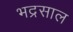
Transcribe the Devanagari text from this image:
भद्रसाल